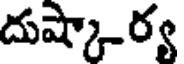
దుష్కార్య